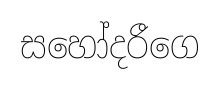
සහෝදරීගෙ